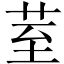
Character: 荎